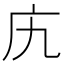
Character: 𫷥